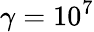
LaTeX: \gamma=10^{7}